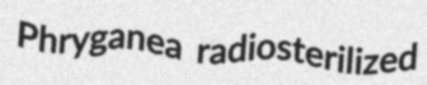
Phryganea radiosterilized